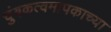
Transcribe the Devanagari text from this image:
चुंबकत्वमापकाच्या